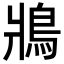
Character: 𩿄